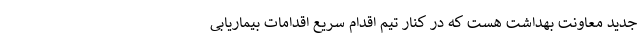
جدید معاونت بهداشت هست که در کنار تیم اقدام سریع اقدامات بیماریابی